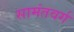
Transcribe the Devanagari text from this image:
सामंतवर्ग